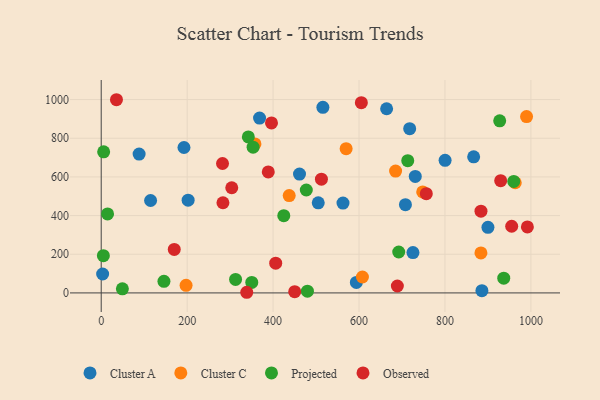
{"axis": {"x": "Distance", "y": "Yield"}, "legend": ["Cluster A", "Cluster C", "Observed", "Projected"], "data": [{"x": "866.8", "y": 704.0, "type": "Cluster A"}, {"x": "664.2", "y": 952.6, "type": "Cluster A"}, {"x": "505.1", "y": 466.1, "type": "Cluster A"}, {"x": "800.3", "y": 685.8, "type": "Cluster A"}, {"x": "717.9", "y": 849.5, "type": "Cluster A"}, {"x": "725.5", "y": 208.4, "type": "Cluster A"}, {"x": "3.3", "y": 97.7, "type": "Cluster A"}, {"x": "515.9", "y": 960.0, "type": "Cluster A"}, {"x": "886.0", "y": 11.6, "type": "Cluster A"}, {"x": "368.5", "y": 904.3, "type": "Cluster A"}, {"x": "708.0", "y": 456.4, "type": "Cluster A"}, {"x": "593.8", "y": 54.5, "type": "Cluster A"}, {"x": "562.7", "y": 464.9, "type": "Cluster A"}, {"x": "900.0", "y": 339.3, "type": "Cluster A"}, {"x": "192.6", "y": 752.1, "type": "Cluster A"}, {"x": "202.3", "y": 479.7, "type": "Cluster A"}, {"x": "88.2", "y": 718.3, "type": "Cluster A"}, {"x": "114.9", "y": 477.9, "type": "Cluster A"}, {"x": "461.5", "y": 614.7, "type": "Cluster A"}, {"x": "730.9", "y": 602.3, "type": "Cluster A"}, {"x": "883.7", "y": 207.0, "type": "Cluster C"}, {"x": "607.9", "y": 82.2, "type": "Cluster C"}, {"x": "685.1", "y": 630.2, "type": "Cluster C"}, {"x": "748.2", "y": 522.5, "type": "Cluster C"}, {"x": "989.9", "y": 912.0, "type": "Cluster C"}, {"x": "197.5", "y": 39.5, "type": "Cluster C"}, {"x": "963.6", "y": 569.9, "type": "Cluster C"}, {"x": "437.5", "y": 503.5, "type": "Cluster C"}, {"x": "357.8", "y": 770.6, "type": "Cluster C"}, {"x": "570.0", "y": 746.1, "type": "Cluster C"}, {"x": "146.0", "y": 59.7, "type": "Projected"}, {"x": "960.1", "y": 576.6, "type": "Projected"}, {"x": "14.8", "y": 408.5, "type": "Projected"}, {"x": "49.3", "y": 21.3, "type": "Projected"}, {"x": "424.9", "y": 399.7, "type": "Projected"}, {"x": "477.3", "y": 532.4, "type": "Projected"}, {"x": "342.4", "y": 807.0, "type": "Projected"}, {"x": "350.4", "y": 54.3, "type": "Projected"}, {"x": "927.4", "y": 890.0, "type": "Projected"}, {"x": "5.0", "y": 192.8, "type": "Projected"}, {"x": "692.4", "y": 211.5, "type": "Projected"}, {"x": "479.9", "y": 9.0, "type": "Projected"}, {"x": "936.8", "y": 76.4, "type": "Projected"}, {"x": "353.5", "y": 753.9, "type": "Projected"}, {"x": "713.4", "y": 683.8, "type": "Projected"}, {"x": "5.7", "y": 729.9, "type": "Projected"}, {"x": "312.7", "y": 69.6, "type": "Projected"}, {"x": "991.8", "y": 341.1, "type": "Observed"}, {"x": "338.7", "y": 3.3, "type": "Observed"}, {"x": "955.3", "y": 344.9, "type": "Observed"}, {"x": "396.3", "y": 879.0, "type": "Observed"}, {"x": "756.6", "y": 513.3, "type": "Observed"}, {"x": "170.0", "y": 225.1, "type": "Observed"}, {"x": "283.3", "y": 466.3, "type": "Observed"}, {"x": "689.2", "y": 35.8, "type": "Observed"}, {"x": "883.8", "y": 422.7, "type": "Observed"}, {"x": "388.8", "y": 625.6, "type": "Observed"}, {"x": "35.5", "y": 999.2, "type": "Observed"}, {"x": "512.5", "y": 588.4, "type": "Observed"}, {"x": "282.3", "y": 669.3, "type": "Observed"}, {"x": "929.7", "y": 580.7, "type": "Observed"}, {"x": "450.3", "y": 6.2, "type": "Observed"}, {"x": "303.8", "y": 544.0, "type": "Observed"}, {"x": "406.1", "y": 153.9, "type": "Observed"}, {"x": "605.4", "y": 984.0, "type": "Observed"}]}